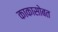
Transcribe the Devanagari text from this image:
काकासोबत